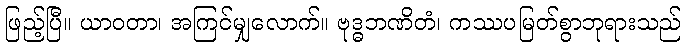
ဖြည့်ပြီ။ ယာဝတာ၊ အကြင်မျှလောက်။ ဗုဒ္ဓဘဏိတံ၊ ကဿပမြတ်စွာဘုရားသည်